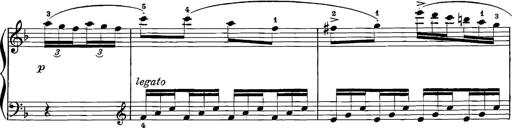
Title: 12 Sonatinas
Composer: Ignaz Pleyel